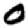
Digit: 0